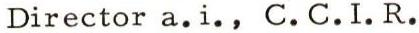
Director a.i., C.C.I.R.